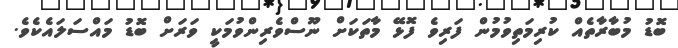
ބޮޑު މުބާރާތެއް ކުރިމަތިވުމުން ފަރިވެ ފޮޅޭ މާތަކަށް ނޫސްވެރިންވުމަކީ ވަރަށް ބޮޑު މައްސަލައެކެވެ.